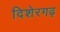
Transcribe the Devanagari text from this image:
दिशेरगढ़